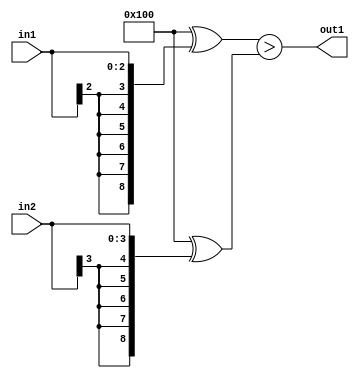
`timescale 1ps / 1ps
/*****************************************************************************
    Verilog RTL Description
    
    
    Created by: Stratus DpOpt 2019.1.01 
*******************************************************************************/

module SobelFilter_LessThan_4Sx3S_1U_1 (
	in2,
	in1,
	out1
	); /* architecture "behavioural" */ 
input [3:0] in2;
input [2:0] in1;
output  out1;
wire  asc001;

assign asc001 = ((9'B100000000 ^ {{6{in1[2]}}, in1})>(9'B100000000 ^ {{5{in2[3]}}, in2}));

assign out1 = asc001;
endmodule

/* CADENCE  ubX1TAo= : u9/ySgnWtBlWxVPRXgAZ4Og= ** DO NOT EDIT THIS LINE ******/